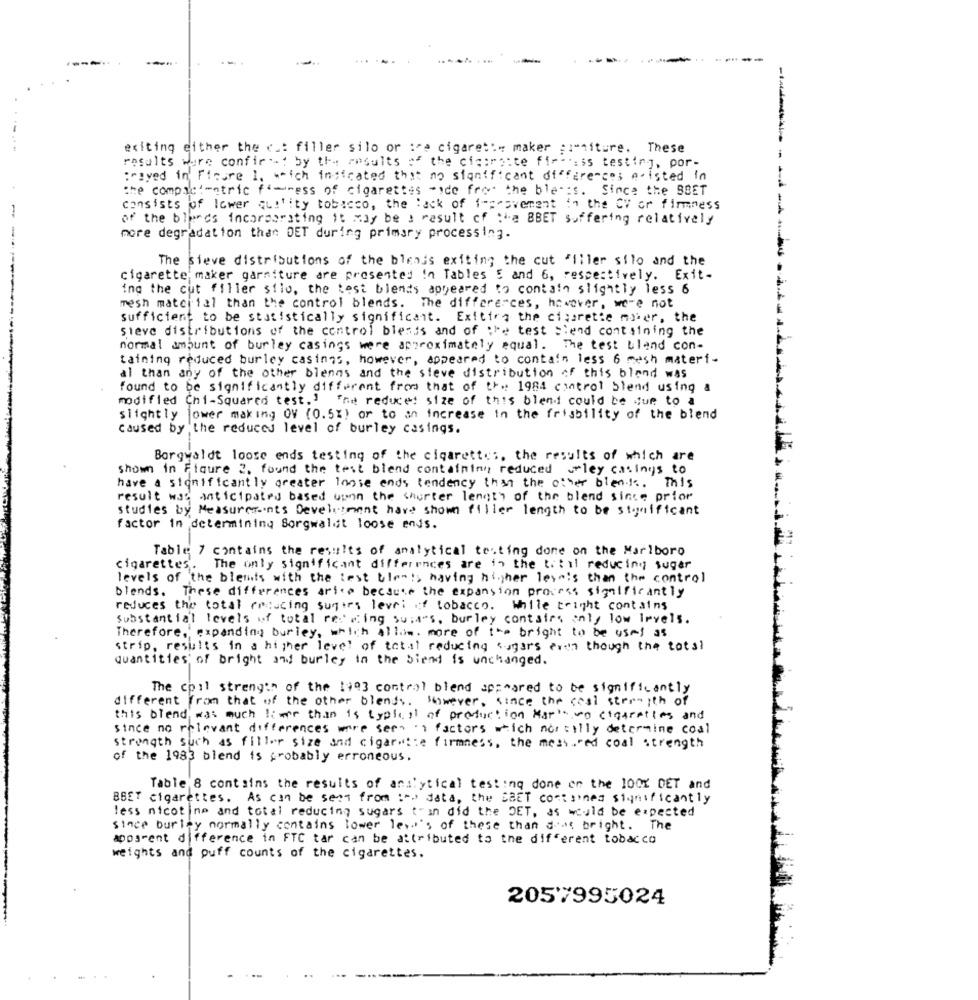
----
-1-
exiting either the cut filler silo or :ce cigarett" maker ;:- niture. These
results ware confirst by the results of the cictraite fir -.: is testing, por-
:"iyed in' Ficure 1. wich indicated that no significant differences e-isted in
the compactmetric fi-ress of cigarettes -ide fro' the blet:s. Since the SBET
consists of lower quility tobacco, the lack of 1-sesvement in the CV or firmness
of the blancs incorporating it may be a result of the BBET suffering relatively
more degradation than DET during primary processing.
The sieve distributions of the blends exiting the cut "filer sito and the
cigarette maker garniture are presented In Tables 5 and 6, respectively. Exit-
ing the cut filler silo, the test blends appeared to contain slightly less 6
mesh material than the control blends. The differences, however, were not
Sufficient to be statistically significant. Exitire the cissrette mer, the
steve distributions of the control blends and of ;he test S'end containing the
normal amount of burley casings were approximately equal. The test bland con-
taining reduced burley casings, however, appeared to contain less 6 mesh materi-
al than any of the other blenns and the sieve distribution of this bland was
found to be significantly different from that of t ** 1984 control blend using a
modified Chi-Squared test. "
The reduced size of this blend could be due to a
slightly jower making OV (0.5%) or to an increase in the frisbility of the blend
caused by the reduces level of burley casings.
Borgwaldt loose ends testing of the cigarettes, the results of which are
shown in Figure 2. found the test blend containing reduced . ley casings to
have a sionificantly greater loose ends tendency than the other bien.t. This
result was anticipated based upon the shorter length of the blend since prior
studies by Measurements Development have shown filler length to be significant
factor in determining Sorgwaldt loose ends.
Table 7 contains the results of analytical teating done on the Marlboro
cigarettes. The only significant differences are in the ti til reducing suger
levels of the bleats with the test tlen :, having higher levels than the control
blends. These differences arico because the expansion process significantly
reduces the total reducing sugers levri of tobacco. While tright contains
Substantial levels of total reswing suit"s. burley contains only low levels.
Therefore, expanding burley, which Allow. more of the bright to be usel as
strip, results in a higher level of total reducing sugars even though the tots!
quantities of bright and burley in the biend is unchanged.
The coil strength of the 1993 control blend appeared to be significantly
different from that of the other blends. However, since the cest strength of
this blend, was much live than is typlist of production Marito cigarettes and
since no relevant differences wore sers ' 1 factors which nor tilly determine coal
strength such as filler size and cigar .!: e firmness, the mess."ed coal strength
of the 1983 blend is probably erroneous.
Table 8 contains the results of analytical testing done on the 100% DET and
BBET cigarettes. As can be sent from :" data, the SaET corsined significantly
less nicotine and total reducing sugars t'in did the DET, as would be expected
since burley normally contains lower leve's of these than dias bright. The
aposrent difference in FTC tar can be attributed to the different tobacco
weights and puff counts of the cigarettes.
2057995024